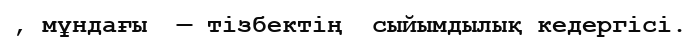
, мұндағы  — тізбектің  сыйымдылық кедергісі.